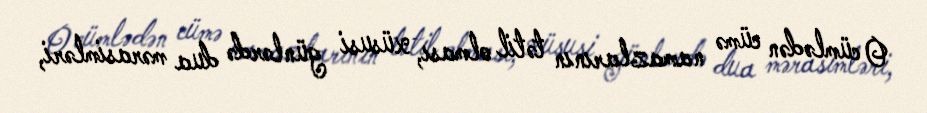
O cümlədən cümə namazlarının tətil olması, xüsusi günlərdə dua mərasimləri,